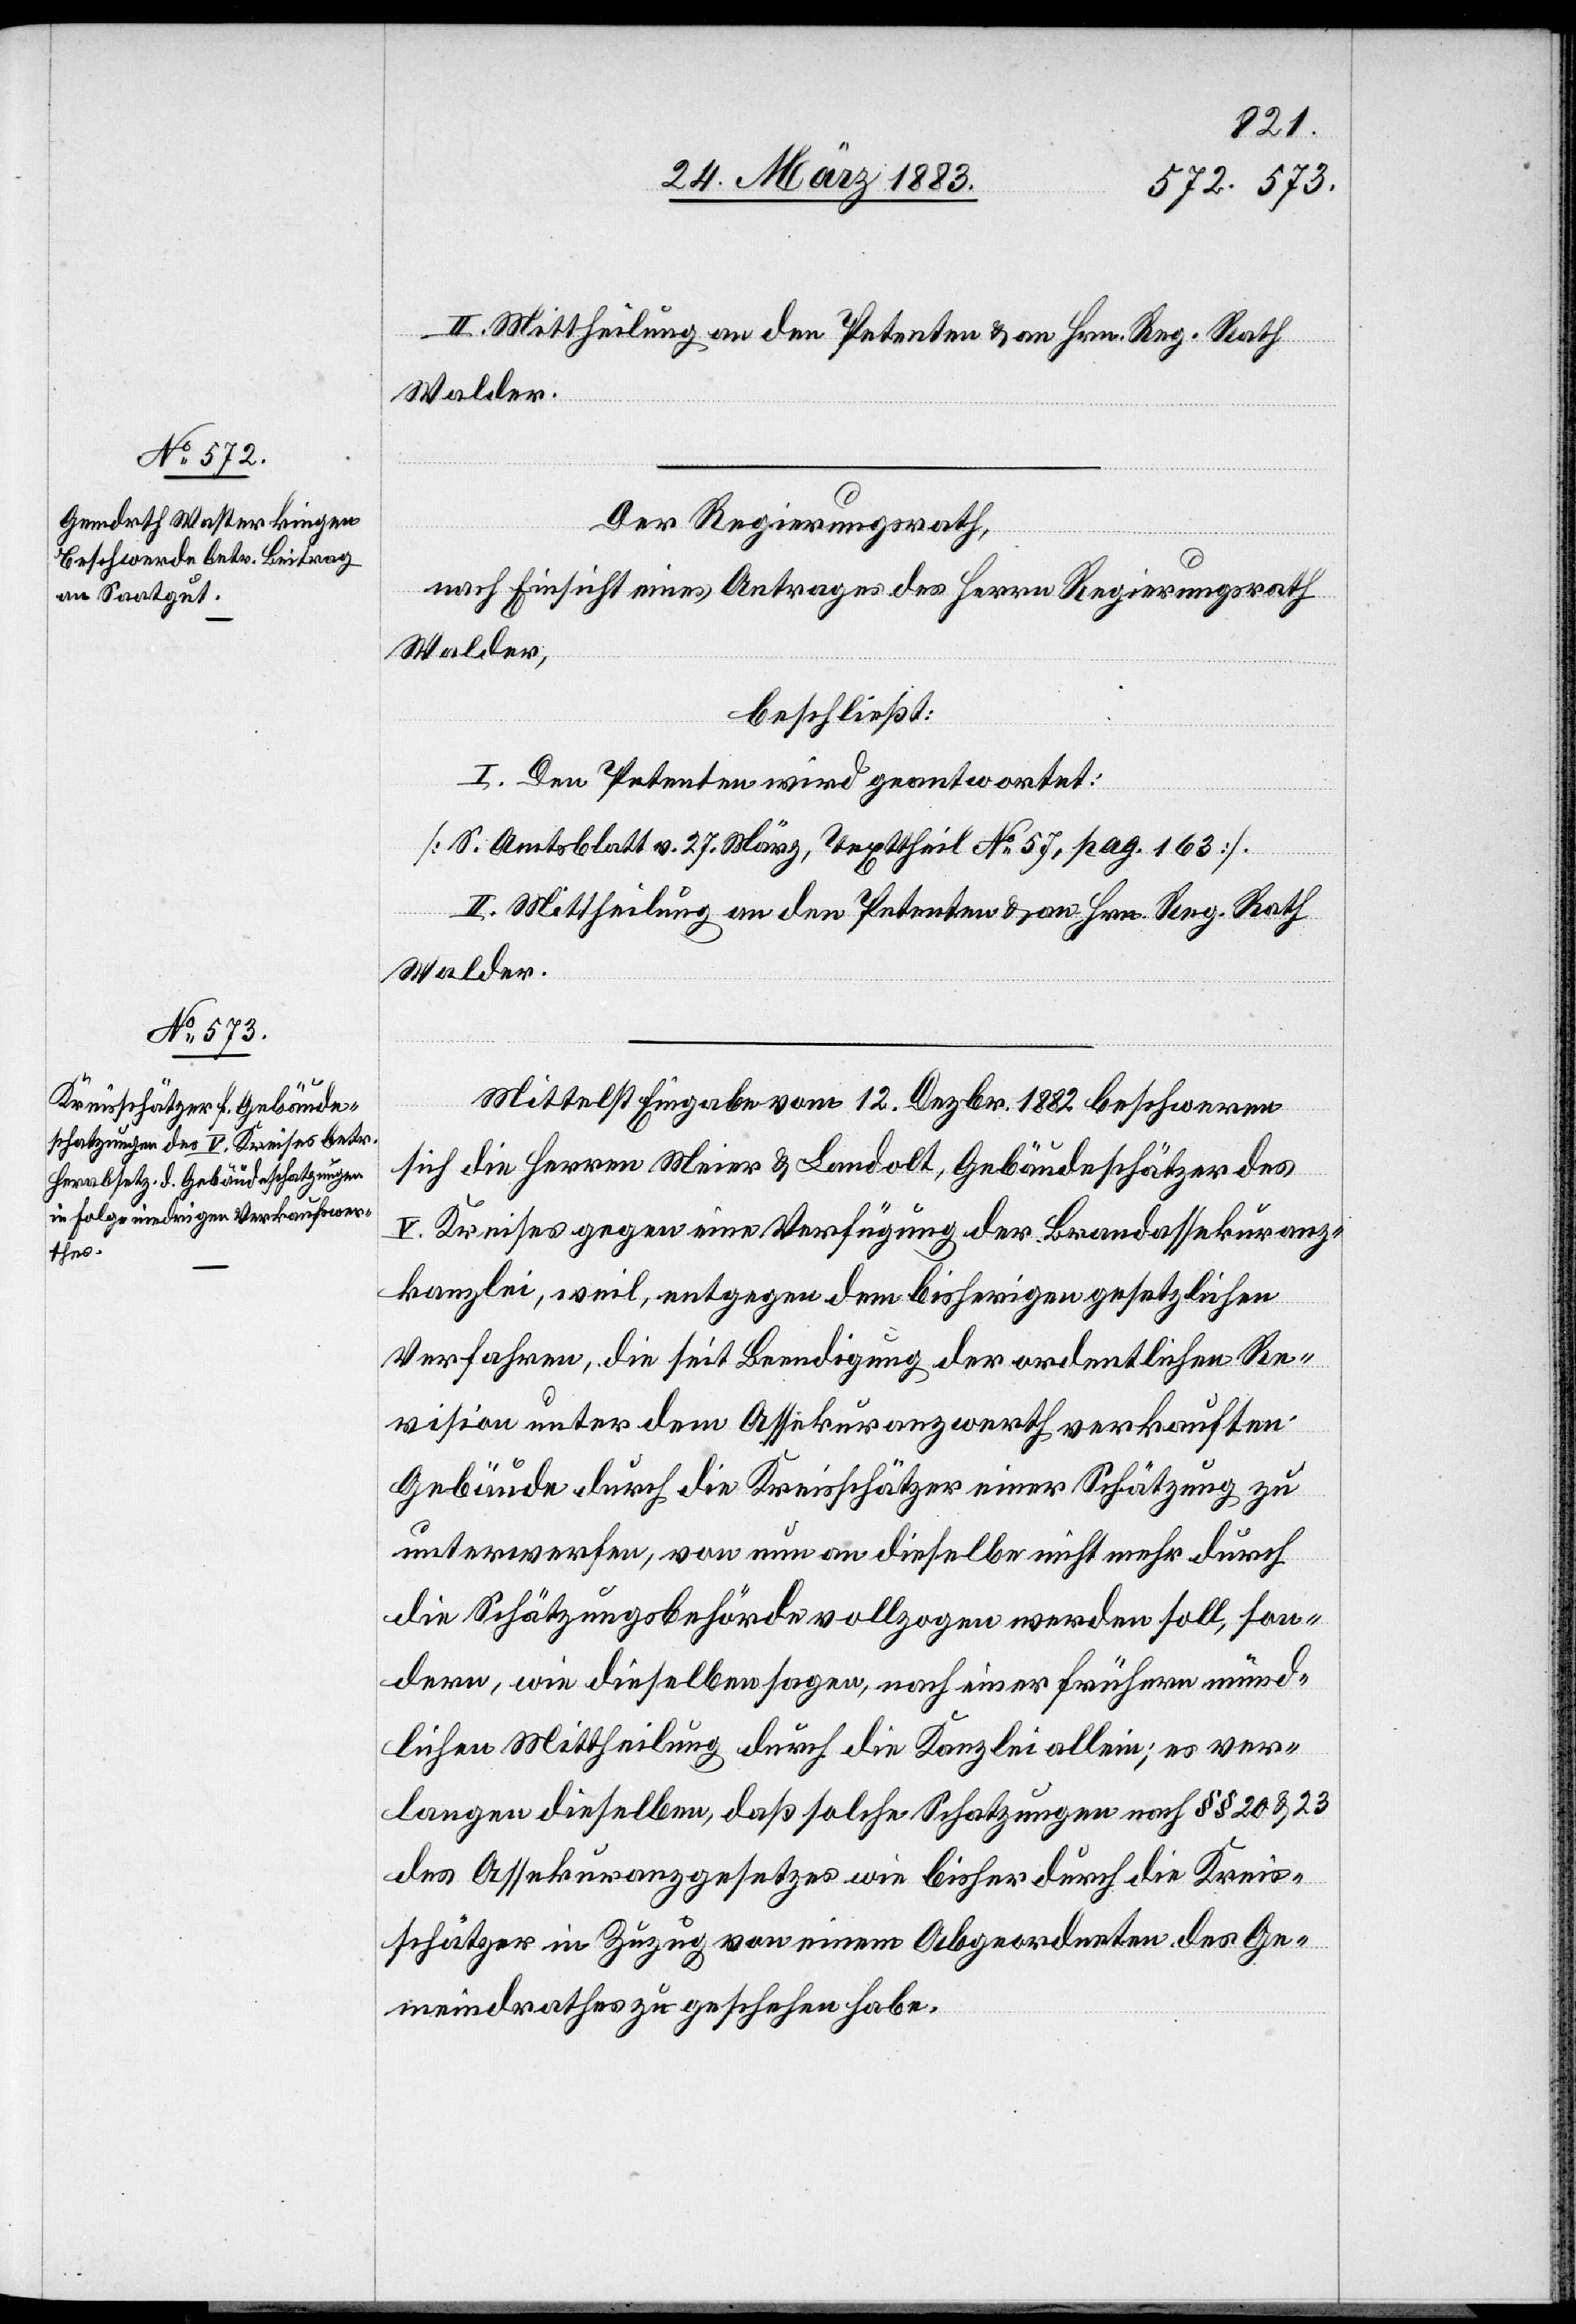
Der Regierungsrath,
nach Einsicht eines Antrages des Herrn Regierungsrath
Walder,
beschließt:
I. Den Petenten wird geantwortet:
[S. Amtsblatt v. 27. März, Texttheil No 57, pag. 163].
II. Mittheilung an den Petenten & an Hrn. Reg. Rath
Walder.
Mittelst Eingabe vom 12. Dezbr. 1882 beschweren
sich die Herren Meier & Landolt, Gebäudeschätzer des
V. Kreises gegen eine Verfügung der Brandassekuranz¬
kanzlei, weil, entgegen dem bisherigen gesetzlichen
Verfahren, die seit Beendigung der ordentlichen Re¬
vision unter dem Assekuranzwerth verkauften
Gebäude durch die Kreisschätzer einer Schätzung zu
unterwerfen, von nun an dieselbe nicht mehr durch
die Schätzungsbehörde vollzogen werden soll, son¬
dern, wie dieselben sagen, nach einer frühern münd¬
lichen Mittheilung durch die Kanzlei allein; es ver¬
langen dieselben, daß solche Schatzungen nach §§ 20 & 23
des Assekuranzgesetzes wie bisher durch die Kreis¬
schätzer in Zuzug von einem Abgeordneten des Ge¬
meindrathes zu geschehen habe.